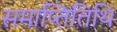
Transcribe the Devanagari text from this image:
समाप्तितिथि